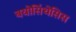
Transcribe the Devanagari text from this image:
बयोसिंथेसिस